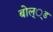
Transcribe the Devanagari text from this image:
बोल््ड